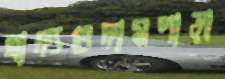
খাদ্যগুদামপাড়া